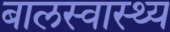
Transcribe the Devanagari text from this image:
बालस्वास्थ्य